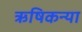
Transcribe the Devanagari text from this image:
ऋषिकन्या